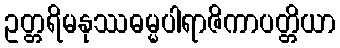
ဥတ္တရိမနုဿဓမ္မပါရာဇိကာပတ္တိယာ